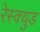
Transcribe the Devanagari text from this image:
रेस्क्युड